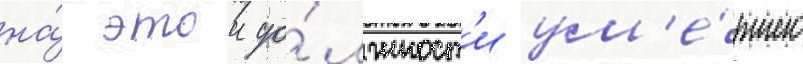
на́ этои до́лжност'и ум'е́ршего